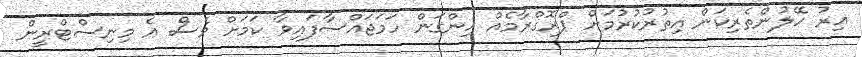
އިރު ހޭލުންތެރިކަން އިތުރުކުރުމަށް ޕްރޮގްރާމެއް ހިންގަން ހަމަޖައްސާފައިވާ ކަމަށް ވެސް އެ މިނިސްޓްރީން